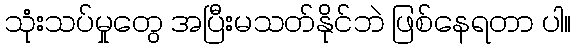
သုံးသပ်မှုတွေ အပြီးမသတ်နိုင်ဘဲ ဖြစ်နေရတာ ပါ။